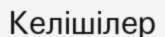
Келішілер